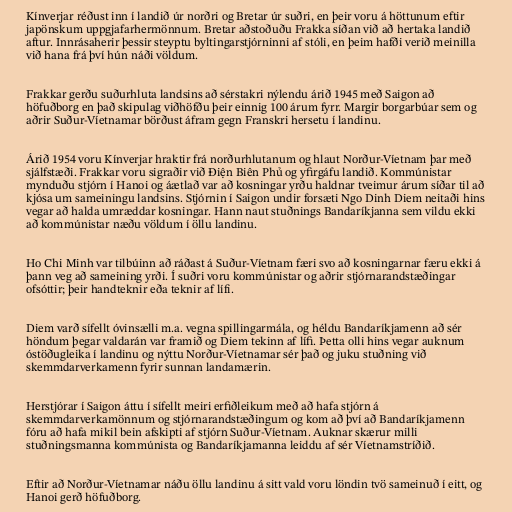
Kínverjar réðust inn í landið úr norðri og Bretar úr suðri, en þeir voru á höttunum eftir
japönskum uppgjafarhermönnum. Bretar aðstoðuðu Frakka síðan við að hertaka landið
aftur. Innrásaherir þessir steyptu byltingarstjórninni af stóli, en þeim hafði verið meinilla
við hana frá því hún náði völdum.

Frakkar gerðu suðurhluta landsins að sérstakri nýlendu árið 1945 með Saigon að
höfuðborg en það skipulag viðhöfðu þeir einnig 100 árum fyrr. Margir borgarbúar sem og
aðrir Suður-Víetnamar börðust áfram gegn Franskri hersetu í landinu.

Árið 1954 voru Kínverjar hraktir frá norðurhlutanum og hlaut Norður-Víetnam þar með
sjálfstæði. Frakkar voru sigraðir við Điện Biên Phủ og yfirgáfu landið. Kommúnistar
mynduðu stjórn í Hanoi og áætlað var að kosningar yrðu haldnar tveimur árum síðar til að
kjósa um sameiningu landsins. Stjórnin í Saigon undir forsæti Ngo Dinh Diem neitaði hins
vegar að halda umræddar kosningar. Hann naut stuðnings Bandaríkjanna sem vildu ekki
að kommúnistar næðu völdum í öllu landinu.

Ho Chi Minh var tilbúinn að ráðast á Suður-Víetnam færi svo að kosningarnar færu ekki á
þann veg að sameining yrði. Í suðri voru kommúnistar og aðrir stjórnarandstæðingar
ofsóttir; þeir handteknir eða teknir af lífi.

Diem varð sífellt óvinsælli m.a. vegna spillingarmála, og héldu Bandaríkjamenn að sér
höndum þegar valdarán var framið og Diem tekinn af lífi. Þetta olli hins vegar auknum
óstöðugleika í landinu og nýttu Norður-Víetnamar sér það og juku stuðning við
skemmdarverkamenn fyrir sunnan landamærin.

Herstjórar í Saigon áttu í sífellt meiri erfiðleikum með að hafa stjórn á
skemmdarverkamönnum og stjórnarandstæðingum og kom að því að Bandaríkjamenn
fóru að hafa mikil bein afskipti af stjórn Suður-Víetnam. Auknar skærur milli
stuðningsmanna kommúnista og Bandaríkjamanna leiddu af sér Víetnamstríðið.

Eftir að Norður-Víetnamar náðu öllu landinu á sitt vald voru löndin tvö sameinuð í eitt, og
Hanoi gerð höfuðborg.